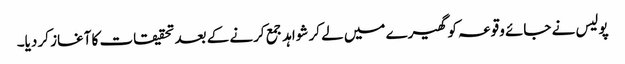
پولیس نے جائے وقوعہ کو گھیرے میں لے کر شواہد جمع کرنے کے بعد تحقیقات کا آغاز کر دیا۔